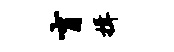
盲揖